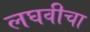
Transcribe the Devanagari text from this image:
लघवीचा